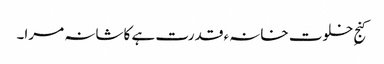
کنجِ خلوت خانہء قدرت ہے کاشانہ مرا۔